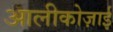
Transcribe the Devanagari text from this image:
आलीकोज़ाई